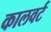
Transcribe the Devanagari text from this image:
कालवर्ट